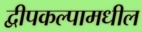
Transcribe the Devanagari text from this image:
द्वीपकल्पामधील